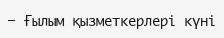
— Ғылым қызметкерлері күні